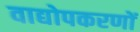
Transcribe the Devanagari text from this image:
वाद्योपकरणों